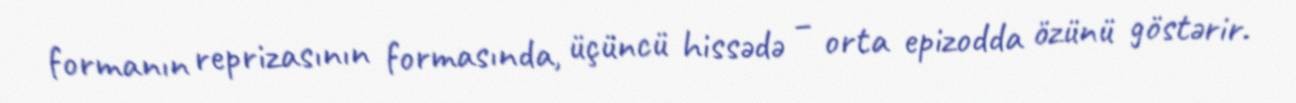
formanın reprizasının formasında, üçüncü hissədə – orta epizodda özünü göstərir.